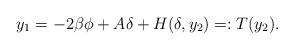
LaTeX: \begin{align*}y_1= -2\beta\phi +A\delta +H(\delta,y_2)=:T(y_2).\end{align*}